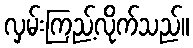
လှမ်းကြည့်လိုက်သည်။